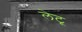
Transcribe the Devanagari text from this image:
लेटू